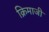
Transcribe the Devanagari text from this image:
क्रिमाजी